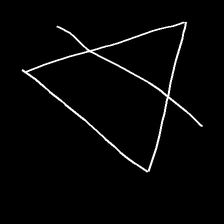
Glyph: empower